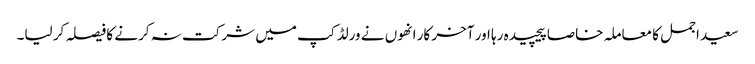
سعید اجمل کا معاملہ خاصا پیچیدہ رہا اور آخر کار انھوں نے ورلڈ کپ میں شرکت نہ کرنے کا فیصلہ کر لیا۔